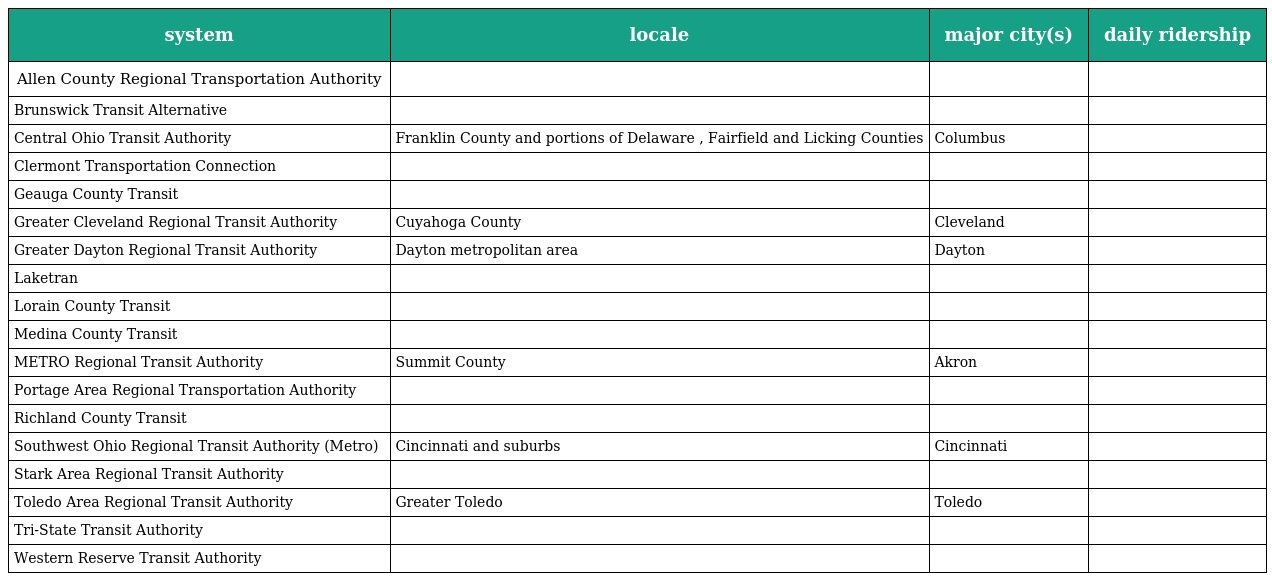
| system | locale | major city(s) | daily ridership |
 | --- | --- | --- | --- |
 | Allen County Regional Transportation Authority |  |  |  |
 | Brunswick Transit Alternative |  |  |  |
 | Central Ohio Transit Authority | Franklin County and portions of Delaware , Fairfield and Licking Counties | Columbus |  |
 | Clermont Transportation Connection |  |  |  |
 | Geauga County Transit |  |  |  |
 | Greater Cleveland Regional Transit Authority | Cuyahoga County | Cleveland |  |
 | Greater Dayton Regional Transit Authority | Dayton metropolitan area | Dayton |  |
 | Laketran |  |  |  |
 | Lorain County Transit |  |  |  |
 | Medina County Transit |  |  |  |
 | METRO Regional Transit Authority | Summit County | Akron |  |
 | Portage Area Regional Transportation Authority |  |  |  |
 | Richland County Transit |  |  |  |
 | Southwest Ohio Regional Transit Authority (Metro) | Cincinnati and suburbs | Cincinnati |  |
 | Stark Area Regional Transit Authority |  |  |  |
 | Toledo Area Regional Transit Authority | Greater Toledo | Toledo |  |
 | Tri-State Transit Authority |  |  |  |
 | Western Reserve Transit Authority |  |  |  |